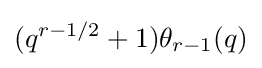
(q^{r-1/2}+1)\theta _{r-1}(q)